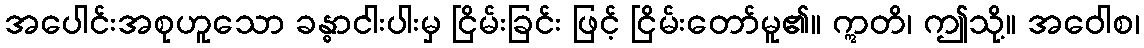
အပေါင်းအစုဟူသော ခန္ဓာငါးပါးမှ ငြိမ်းခြင်း ဖြင့် ငြိမ်းတော်မူ၏။ ဣတိ၊ ဤသို့။ အဝေါစ၊